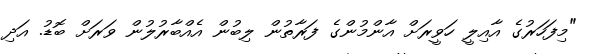
"މިފަހަރުގެ އާއިލީ ހަވީރަށް އާންމުންގެ ފަރާތުން ލިބުން އެއްބާރުލުން ވަރަށް ބޮޑު. އަދި